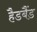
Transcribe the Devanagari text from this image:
हैडबैंड